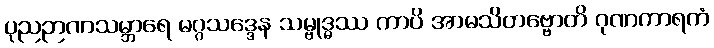
ပုညဉာဏသမ္ဘာရေ မဂ္ဂသဒ္ဒေန သမ္ဗုဒ္ဓဿ ကာပိ အာမသိတဗ္ဗောတိ ဂုဏကာရကံ